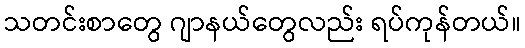
သတင်းစာတွေ ဂျာနယ်တွေလည်း ရပ်ကုန်တယ်။